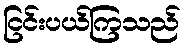
ငြင်းပယ်ကြသည်